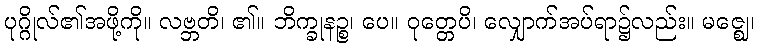
ပုဂ္ဂိုလ်၏အဖို့ကို။ လဗ္ဘတိ၊ ၏။ ဘိက္ခုနဉ္စ၊ ပေ။ ဝုတ္တေပိ၊ လျှောက်အပ်ရာ၌လည်း။ မဇ္ဈေ၊